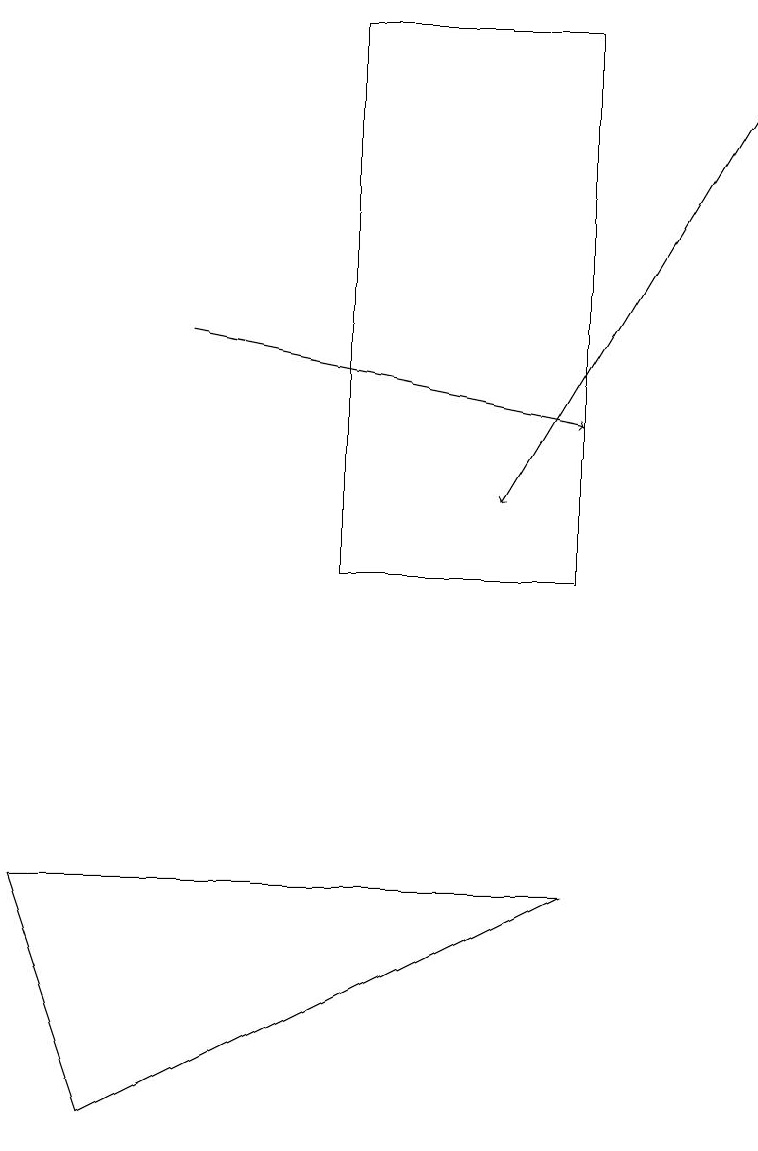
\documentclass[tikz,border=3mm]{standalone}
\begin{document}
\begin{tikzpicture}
\draw (4,17) rectangle (7,10);
\draw[->] (2,13) -- (7,12);
\draw[->] (9,16) -- (6,11);
\draw (1,3) -- (7,6) -- (0,6) -- cycle;
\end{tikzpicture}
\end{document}